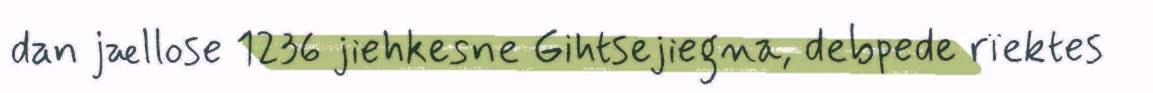
dan jællose 1236 jiehkesne Gihtsejiegna, debpede rïektes